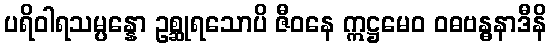
ပရိဝါရသမ္ပန္နော ဥစ္ဆုရသောပိ ဇီဝနေ ဣဋ္ဌမေဝ ဝဓဗန္ဓနာဒီနိ